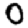
Digit: 0